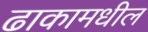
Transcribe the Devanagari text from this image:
ढाकामधील